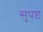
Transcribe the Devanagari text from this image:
सुपष्ट